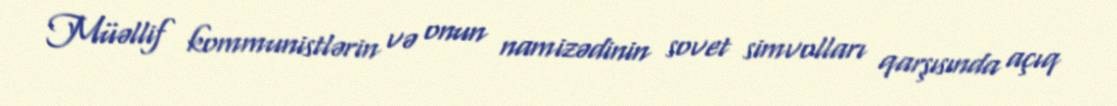
Müəllif kommunistlərin və onun namizədinin sovet simvolları qarşısında açıq